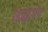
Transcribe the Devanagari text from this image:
उद्वार